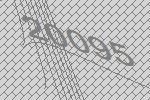
20095